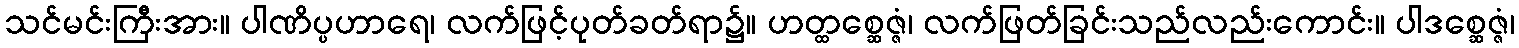
သင်မင်းကြီးအား။ ပါဏိပ္ပဟာရေ၊ လက်ဖြင့်ပုတ်ခတ်ရာ၌။ ဟတ္ထစ္ဆေဇ္ဇံ၊ လက်ဖြတ်ခြင်းသည်လည်းကောင်း။ ပါဒစ္ဆေဇ္ဇံ၊